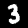
Label: 3